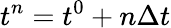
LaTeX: t^{n}=t^{0}+n\Delta t